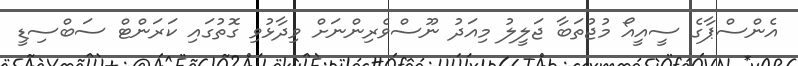
އެންސްޕާގެ ސީއީއޯ މުޖުތަބާ ޖަލީލު މިއަދު ނޫސްވެރިންނަށް ވިދާޅުވި ގޮތުގައި ކަރަންޓް ސަބްސިޑީ